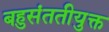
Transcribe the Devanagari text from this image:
बहुसंततीयुक्त